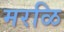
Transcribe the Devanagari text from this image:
मरळि